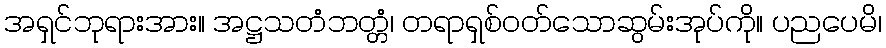
အရှင်ဘုရားအား။ အဋ္ဌသတံဘတ္တံ၊ တရာရှစ်ဝတ်သောဆွမ်းအုပ်ကို။ ပညပေမိ၊